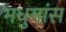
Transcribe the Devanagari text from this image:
मधुमांस